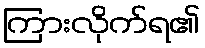
ကြားလိုက်ရ၏